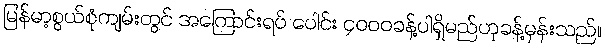
မြန်မာ့စွယ်စုံကျမ်းတွင် အကြောင်းရပ် ပေါင်း ၄၀၀၀ခန့်ပါရှိမည်ဟုခန့်မှန်းသည်။